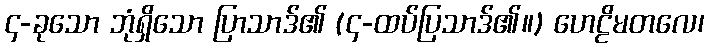
၄-ခုသော ဘုံရှိသော ပြာသာဒ်၏ (၄-ထပ်ပြသာဒ်၏။) ဟေဠိမတလေ၊